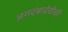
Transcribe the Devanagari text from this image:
जगदंबादेवीची